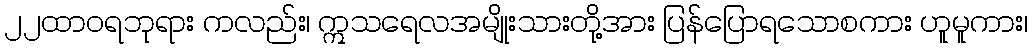
၂၂ထာဝရဘုရား ကလည်း၊ ဣသရေလအမျိုးသားတို့အား ပြန်ပြောရသောစကား ဟူမူကား၊